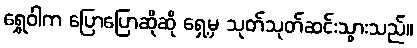
ရွှေဝါက ပြောပြောဆိုဆို ရှေ့မှ သုတ်သုတ်ဆင်းသွားသည်။